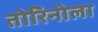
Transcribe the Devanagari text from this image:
तोरिनोला